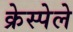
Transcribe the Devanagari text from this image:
क्रेस्पेले